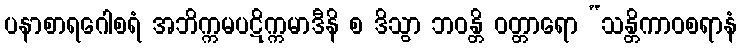
ပနာစာရဂေါစရံ အဘိက္ကမပဋိက္ကမာဒီနိ စ ဒိသွာ ဘဝန္တိ ဝတ္တာရော “သန္တိကာဝစရာနံ